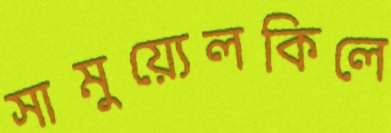
সামুয়্যেলকিলে